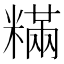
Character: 䊟